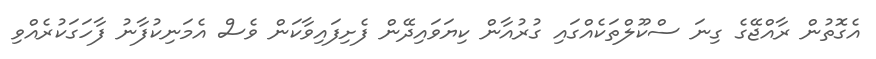
އެގޮތުން ރާއްޖޭގެ ގިނަ ސްކޫލްތަކެއްގައި ގުރުއާން ކިޔަވައިދޭން ފެށިފައިވާކަން ވެސް އެމަނިކުފާނު ފާހަގަކުރެއްވި